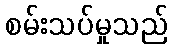
စမ်းသပ်မှုသည်